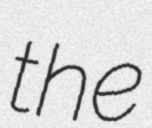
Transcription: the